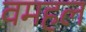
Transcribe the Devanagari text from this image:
वमहल